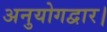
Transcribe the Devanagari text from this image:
अनुयोगद्वार।